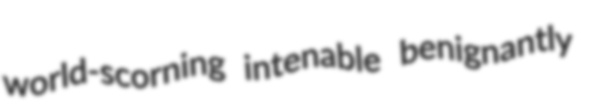
world-scorning intenable benignantly